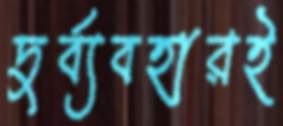
দুর্ব্যবহারই